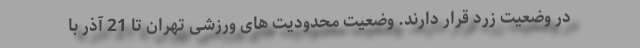
در وضعیت زرد قرار دارند. وضعیت محدودیت های ورزشی تهران تا 21 آذر با